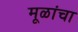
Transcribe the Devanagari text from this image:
मूळांचा